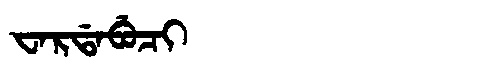
Manchu: ᠸᠠᡵᡩᠠᠪᡠᠴᡳ
Romanization: WARDABUCI